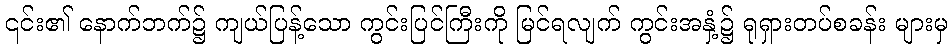
၎င်း၏ နောက်ဘက်၌ ကျယ်ပြန့်သော ကွင်းပြင်ကြီးကို မြင်ရလျက် ကွင်းအနှံ့၌ ရုရှားတပ်စခန်း များမှ